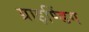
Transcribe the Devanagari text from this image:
ग्राइण्डिंग